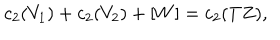
LaTeX: c _ { 2 } ( V _ { 1 } ) + c _ { 2 } ( V _ { 2 } ) + [ W ] = c _ { 2 } ( T Z ) ,